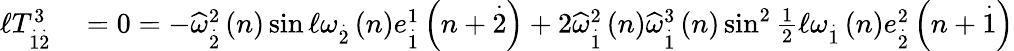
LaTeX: \begin{array}{rl}{\mathcal{\ell}T_{\overset{.}{1}\overset{.}{2}}^{3}}&{{}=0=-\widehat{\omega}_{\overset{.}{2}}^{2}\left(n\right)\sin\mathcal{\ell}\omega_{\overset{.}{2}}\left(n\right)e_{\overset{.}{1}}^{1}\left(n+\overset{.}{2}\right)+2\widehat{\omega}_{\overset{.}{1}}^{2}\left(n\right)\widehat{\omega}_{\overset{.}{1}}^{3}\left(n\right)\sin^{2}\frac{1}{2}\mathcal{\ell}\omega_{\overset{.}{1}}\left(n\right)e_{\overset{.}{2}}^{2}\left(n+\overset{.}{1}\right)}\end{array}